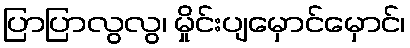
ပြာပြာလွလွ၊ မှိုင်းပျမှောင်မှောင်၊